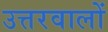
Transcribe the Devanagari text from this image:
उत्तरवालों